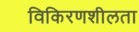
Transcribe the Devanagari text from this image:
विकिरणशीलता